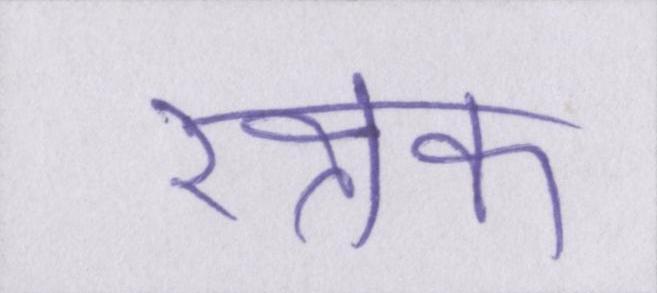
रक्षक